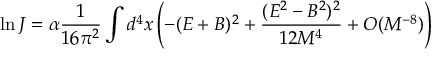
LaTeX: \ln J = \alpha \frac { 1 } { 1 6 \pi ^ { 2 } } \int d ^ { 4 } x \left( - ( E + B ) ^ { 2 } + \frac { ( E ^ { 2 } - B ^ { 2 } ) ^ { 2 } } { 1 2 M ^ { 4 } } + O ( M ^ { - 8 } ) \right)